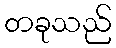
တခုသည်